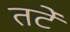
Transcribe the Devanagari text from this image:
तटें